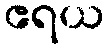
ဧရယ